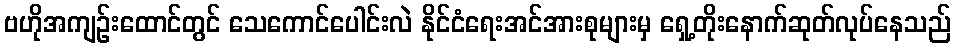
ဗဟိုအကျဉ်းထောင်တွင် သေကောင်ပေါင်းလဲ နိုင်ငံရေးအင်အားစုများမှ ရှေ့တိုးနောက်ဆုတ်လုပ်နေသည်